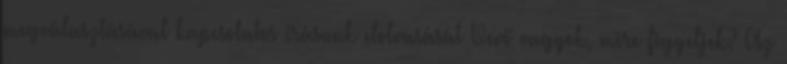
megválasztásával kapcsolatos írásunk elolvasását Vevő vagyok, mire figyeljek? Az